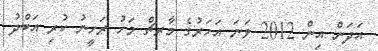
އަދަން އިން 2012 ވަނަ އަހަރުގެ މާރޗް މަހު ރަހީނު ކުރި އަބްދު